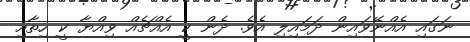
ނަގައި އެއްނޭވައިން ދަމައިލި އެވެ. ދެން ކީ އެއްޗެއް ވިއްޔާ ކީ ހިތާއި